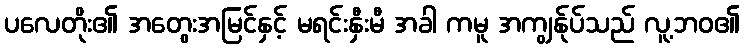
ပလေတိုး၏ အတွေးအမြင်နှင့် မရင်းနှီးမီ အခါ ကမူ အကျွန်ုပ်သည် လူ့ဘဝ၏